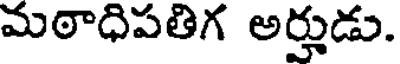
మఠాధిపతిగ అర్హుడు.